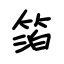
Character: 箔